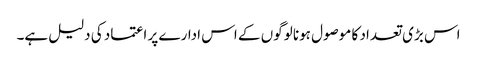
اس بڑی تعداد کا موصول ہونا لوگوں کے اس ادارے پر اعتماد کی دلیل ہے۔